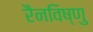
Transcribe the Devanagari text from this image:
रैनविष्णु